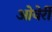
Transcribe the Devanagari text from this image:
ओवेर्री